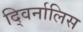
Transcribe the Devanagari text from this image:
द्विर्नालिस